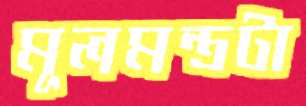
মূলমন্ত্রটা